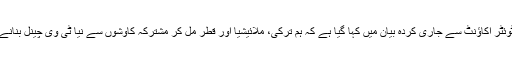
کوالالمپور سمٹ کے ٹوئٹر اکاؤنٹ سے جاری کردہ بیان میں کہا گیا ہے کہ ہم ترکی، ملائیشیا اور قطر مل کر مشترکہ کاوشوں سے نیا ٹی وی چینل بنانے پر غور کر رہے ہیں۔